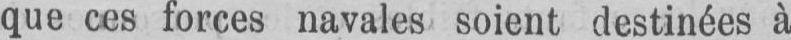
que ces forces navales soient destinées à